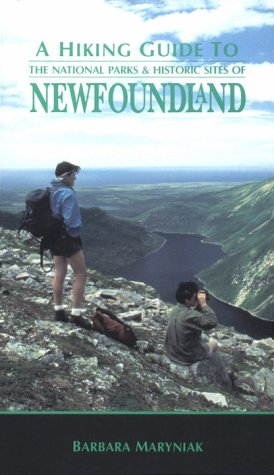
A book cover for A Hiking Guide to the National Parks and Historic Sites of Newfoundland; Barbara Maryniak; Travel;